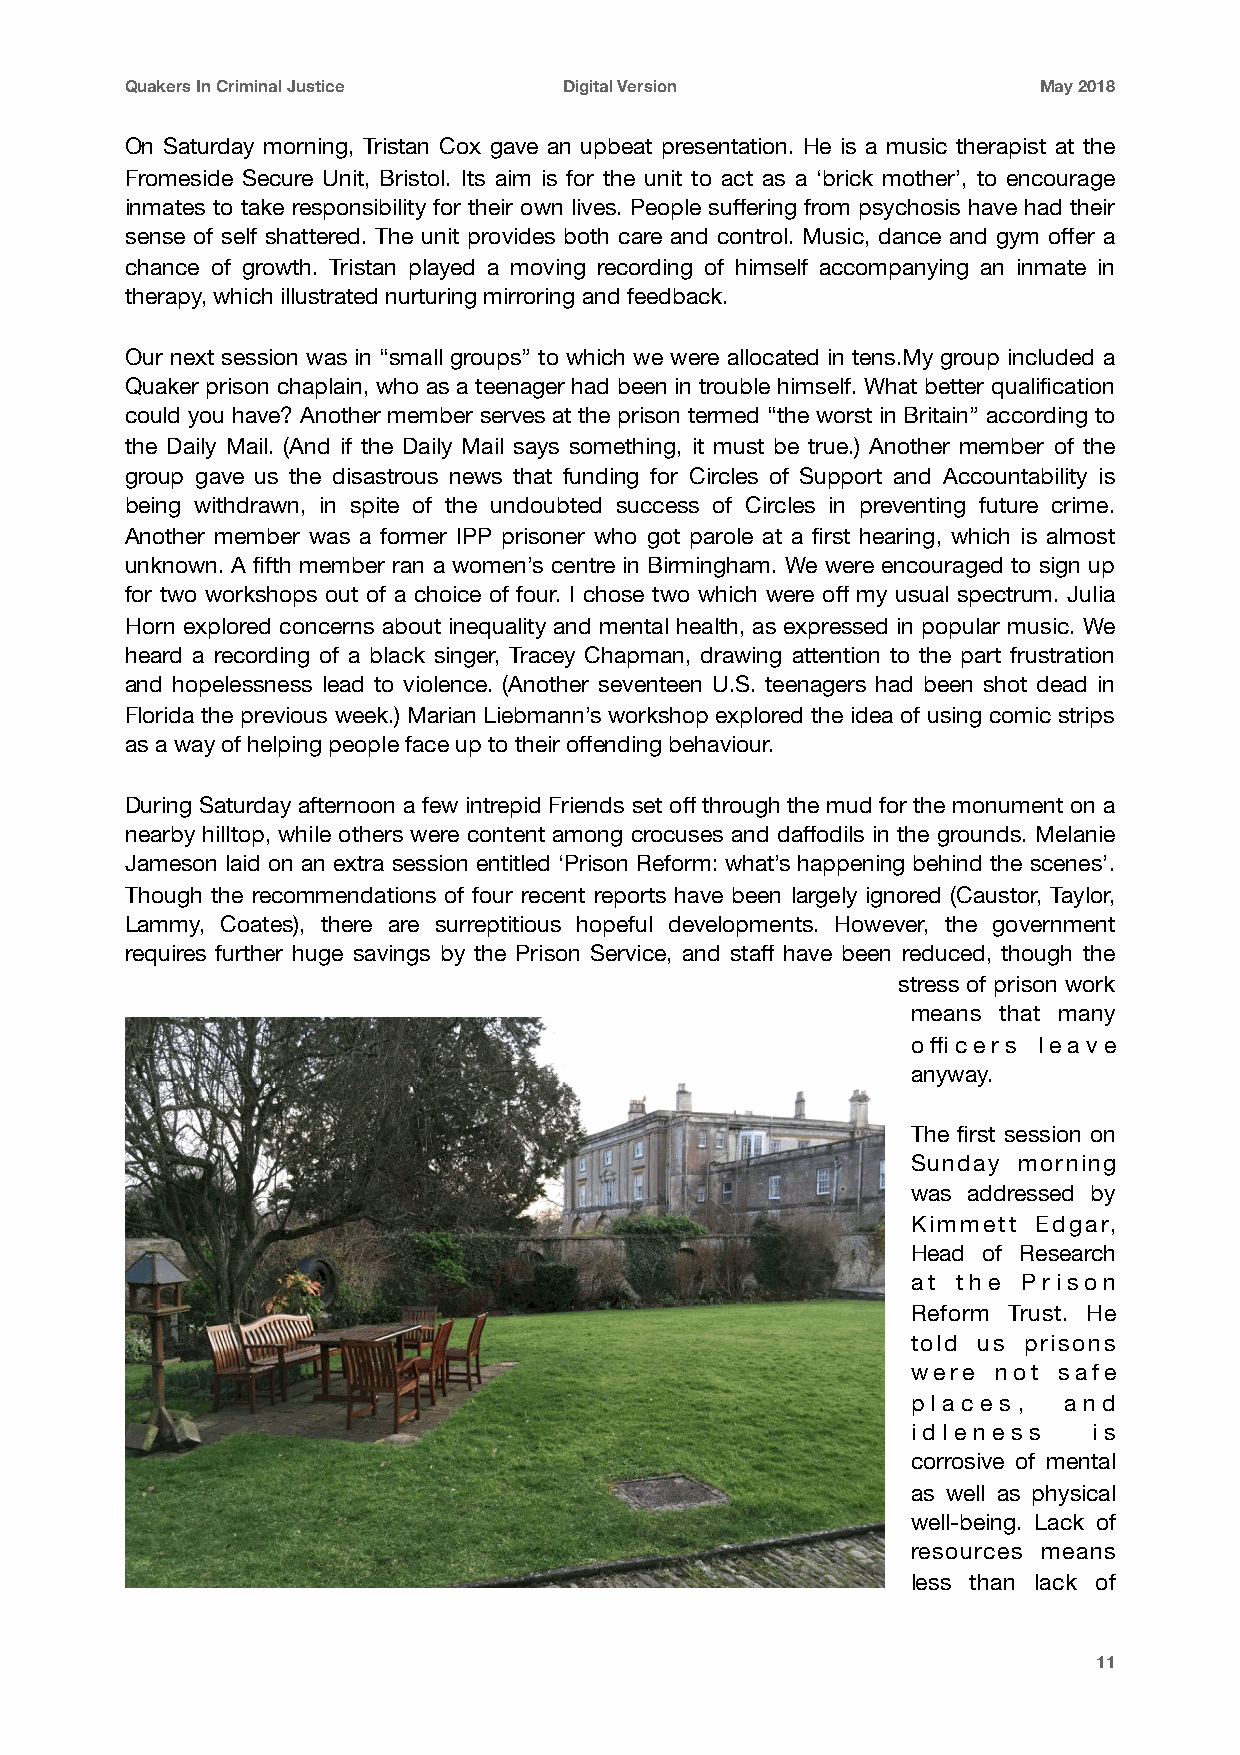
Quakers In Criminal Justice  Digital Version                 May 2018
 On Saturday morning, Tristan Cox gave an upbeat presentation. He is a music therapist at the
 Fromeside Secure Unit, Bristol. Its aim is for the unit to act as a ‘brick mother’, to encourage
 inmates to take responsibility for their own lives. People suffering from psychosis have had their
 sense of self shattered. The unit provides both care and control. Music, dance and gym offer a
 chance of growth. Tristan played a moving recording of himself accompanying an inmate in
 therapy, which illustrated nurturing mirroring and feedback.
 Our next session was in “small groups” to which we were allocated in tens.My group included a
 Quaker prison chaplain, who as a teenager had been in trouble himself. What better qualification
 could you have? Another member serves at the prison termed “the worst in Britain” according to
 the Daily Mail. (And if the Daily Mail says something, it must be true.) Another member of the
 group gave us the disastrous news that funding for Circles of Support and Accountability is
 being withdrawn, in spite of the undoubted success of Circles in preventing future crime.
 Another member was a former IPP prisoner who got parole at a first hearing, which is almost
 unknown. A fifth member ran a women’s centre in Birmingham. We were encouraged to sign up
 for two workshops out of a choice of four. I chose two which were off my usual spectrum. Julia
 Horn explored concerns about inequality and mental health, as expressed in popular music. We
 heard a recording of a black singer, Tracey Chapman, drawing attention to the part frustration
 and hopelessness lead to violence. (Another seventeen U.S. teenagers had been shot dead in
 Florida the previous week.) Marian Liebmann’s workshop explored the idea of using comic strips
 as a way of helping people face up to their offending behaviour.
 During Saturday afternoon a few intrepid Friends set off through the mud for the monument on a
 nearby hilltop, while others were content among crocuses and daffodils in the grounds. Melanie
 Jameson laid on an extra session entitled ‘Prison Reform: what’s happening behind the scenes’.
 Though the recommendations of four recent reports have been largely ignored (Caustor, Taylor,
 Lammy, Coates), there are surreptitious hopeful developments. However, the government
 requires further huge savings by the Prison Service, and staff have been reduced, though the
 stress of prison work
 means that many
 officers leave
 anyway.
 The first session on
 Sunday morning
 was addressed by
 Kimmett  Edgar,
 Head of Research
 at the  Prison
 Reform Trust. He
 told us prisons
 were  not safe
 p l a c e s , a n d
 i d l e n e s s i s
 corrosive of mental
 as well as physical
 well-being. Lack of
 resources means
 less than lack of
 11